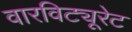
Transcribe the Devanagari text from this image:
वारविट्यूरेट